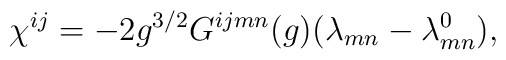
\chi ^{ij}=-2g^{3/2}G^{ijmn}(g)(\lambda _{mn}-\lambda _{mn}^{0}),